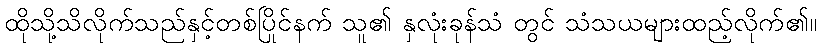
ထိုသို့သိလိုက်သည်နှင့်တစ်ပြိုင်နက် သူ၏ နှလုံးခုန်သံ တွင် သံသယများထည့်လိုက်၏။